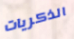
الذكريات